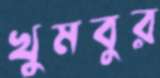
খুমবুর